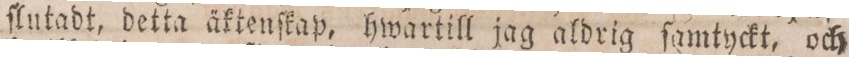
ſlutadt, detta äktenſkap, hwartill jag aldrig ſamtyckt, och